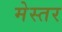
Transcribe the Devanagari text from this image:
मेस्तर